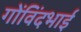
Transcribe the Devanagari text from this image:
गोंविंदभाई